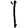
Digit: 1